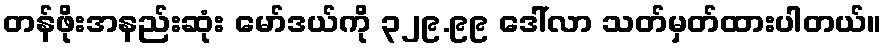
တန်ဖိုးအနည်းဆုံး မော်ဒယ်ကို ၃၂၉.၉၉ ဒေါ်လာ သတ်မှတ်ထားပါတယ်။